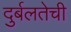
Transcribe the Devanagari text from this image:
दुर्बलतेची